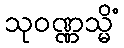
သုဝဏ္ဏသ္မိံ